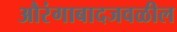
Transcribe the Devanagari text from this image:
औरंगाबादजवळील